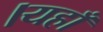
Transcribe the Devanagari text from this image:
।यहाँ